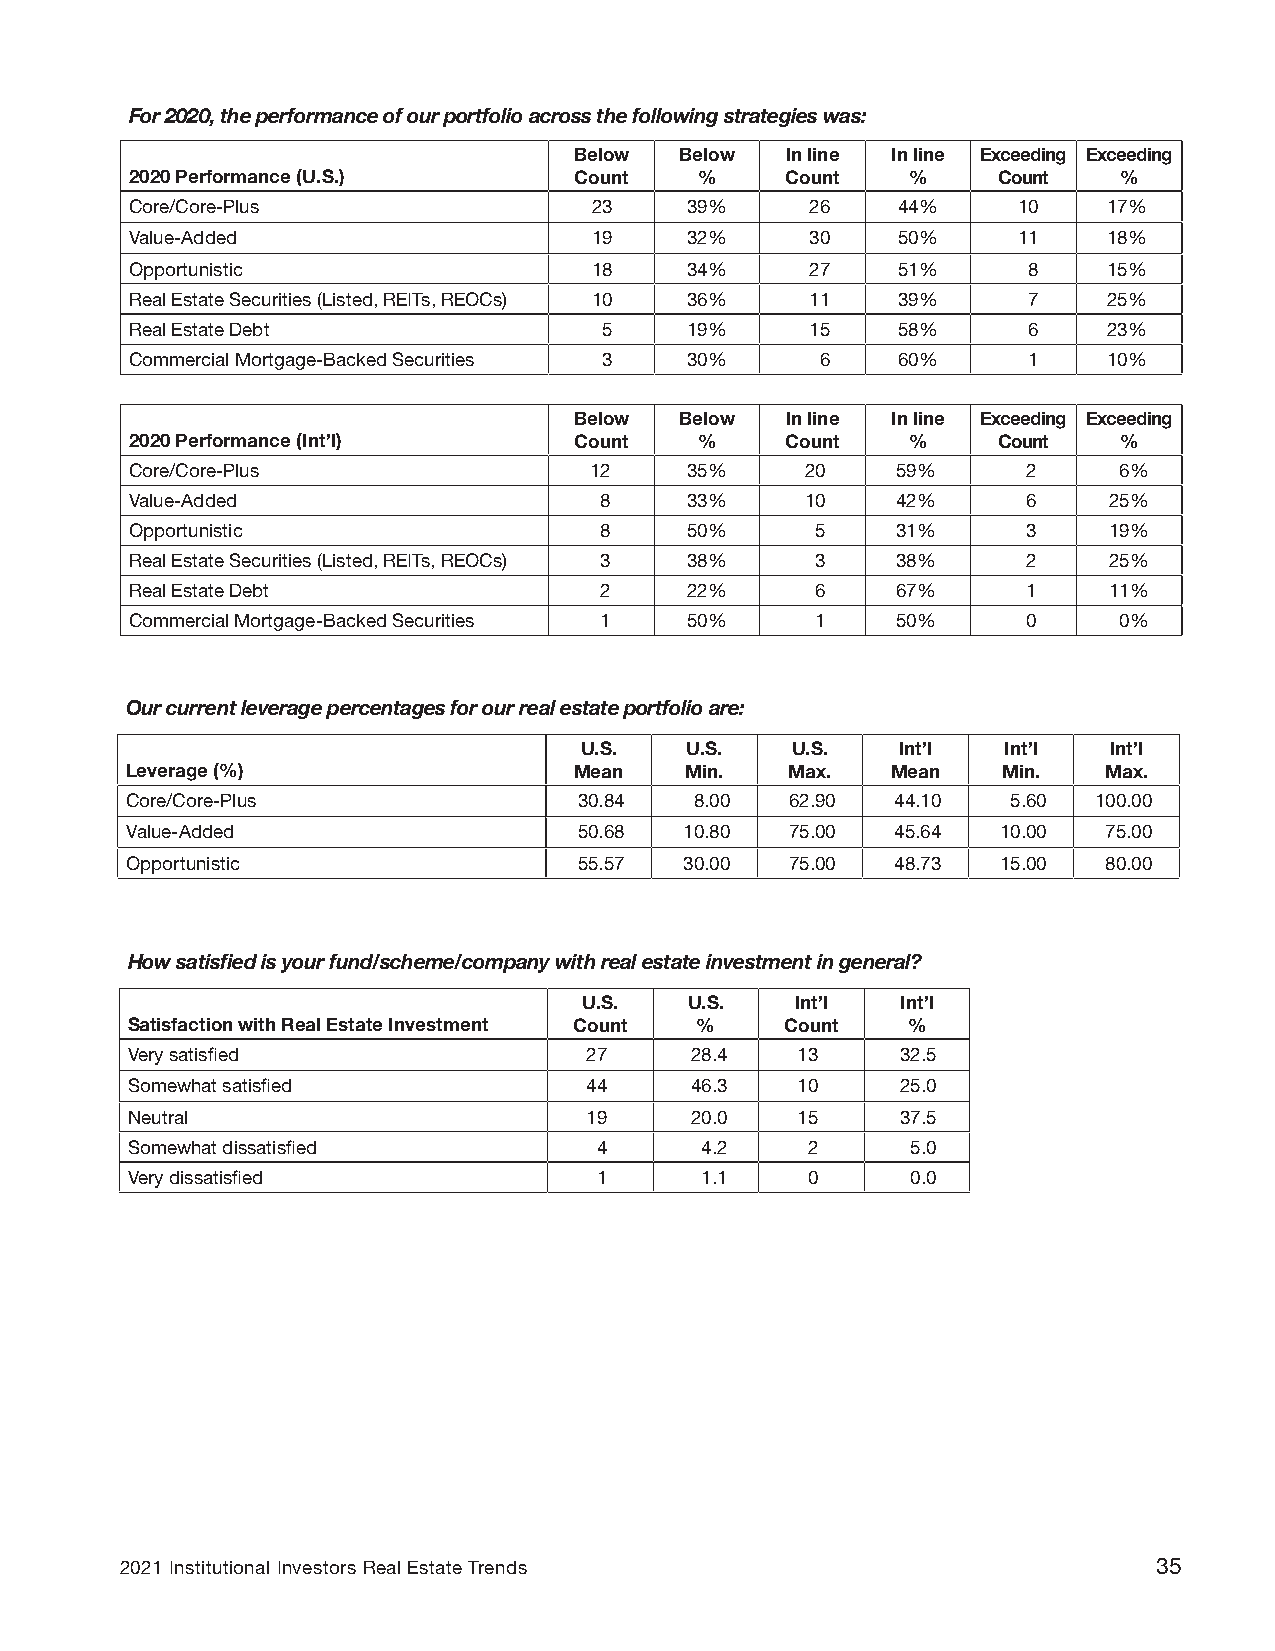
For 2020, the performance of our portfolio across the following strategies was:
 Below  Below  In line In line Exceeding Exceeding
 2020 Performance (U.S.)      Count   %     Count   %     Count   %
 Core/Core-Plus                23    39%      26   44%     10    17%
 Value-Added                   19    32%      30   50%     11    18%
 Opportunistic                 18    34%      27   51%      8    15%
 Real Estate Securities (Listed, REITs, REOCs) 10 36% 11 39% 7   25%
 Real Estate Debt               5    19%      15   58%      6    23%
 Commercial Mortgage-Backed Securities 3 30%  6    60%      1    10%
 Below  Below  In line In line Exceeding Exceeding
 2020 Performance (Int’l)     Count   %     Count   %     Count   %
 Core/Core-Plus                12    35%     20    59%      2     6%
 Value-Added                    8    33%     10    42%      6    25%
 Opportunistic                  8    50%      5    31%      3    19%
 Real Estate Securities (Listed, REITs, REOCs) 3 38% 3 38%  2    25%
 Real Estate Debt               2    22%      6    67%      1    11%
 Commercial Mortgage-Backed Securities 1 50%  1    50%      0     0%
 Our current leverage percentages for our real estate portfolio are:
 U.S.   U.S.   U.S.    Int’l Int’l  Int’l
 Leverage (%)                  Mean   Min.   Max.   Mean   Min.   Max.
 Core/Core-Plus                30.84   8.00  62.90  44.10   5.60 100.00
 Value-Added                   50.68  10.80  75.00  45.64  10.00  75.00
 Opportunistic                 55.57  30.00  75.00  48.73  15.00  80.00
 How satisfied is your fund/scheme/company with real estate investment in general?
 U.S.   U.S.   Int’l  Int’l
 Satisfaction with Real Estate Investment Count % Count %
 Very satisfied                 27     28.4   13     32.5
 Somewhat satisfied             44     46.3   10     25.0
 Neutral                        19     20.0   15     37.5
 Somewhat dissatisfied           4     4.2    2      5.0
 Very dissatisfied               1     1.1    0      0.0
 2021 Institutional Investors Real Estate Trends                      35